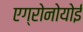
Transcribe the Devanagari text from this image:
एग्रोनोयोई